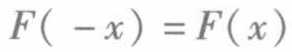
\(F( -x) =F(x)\)